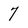
Character: 7